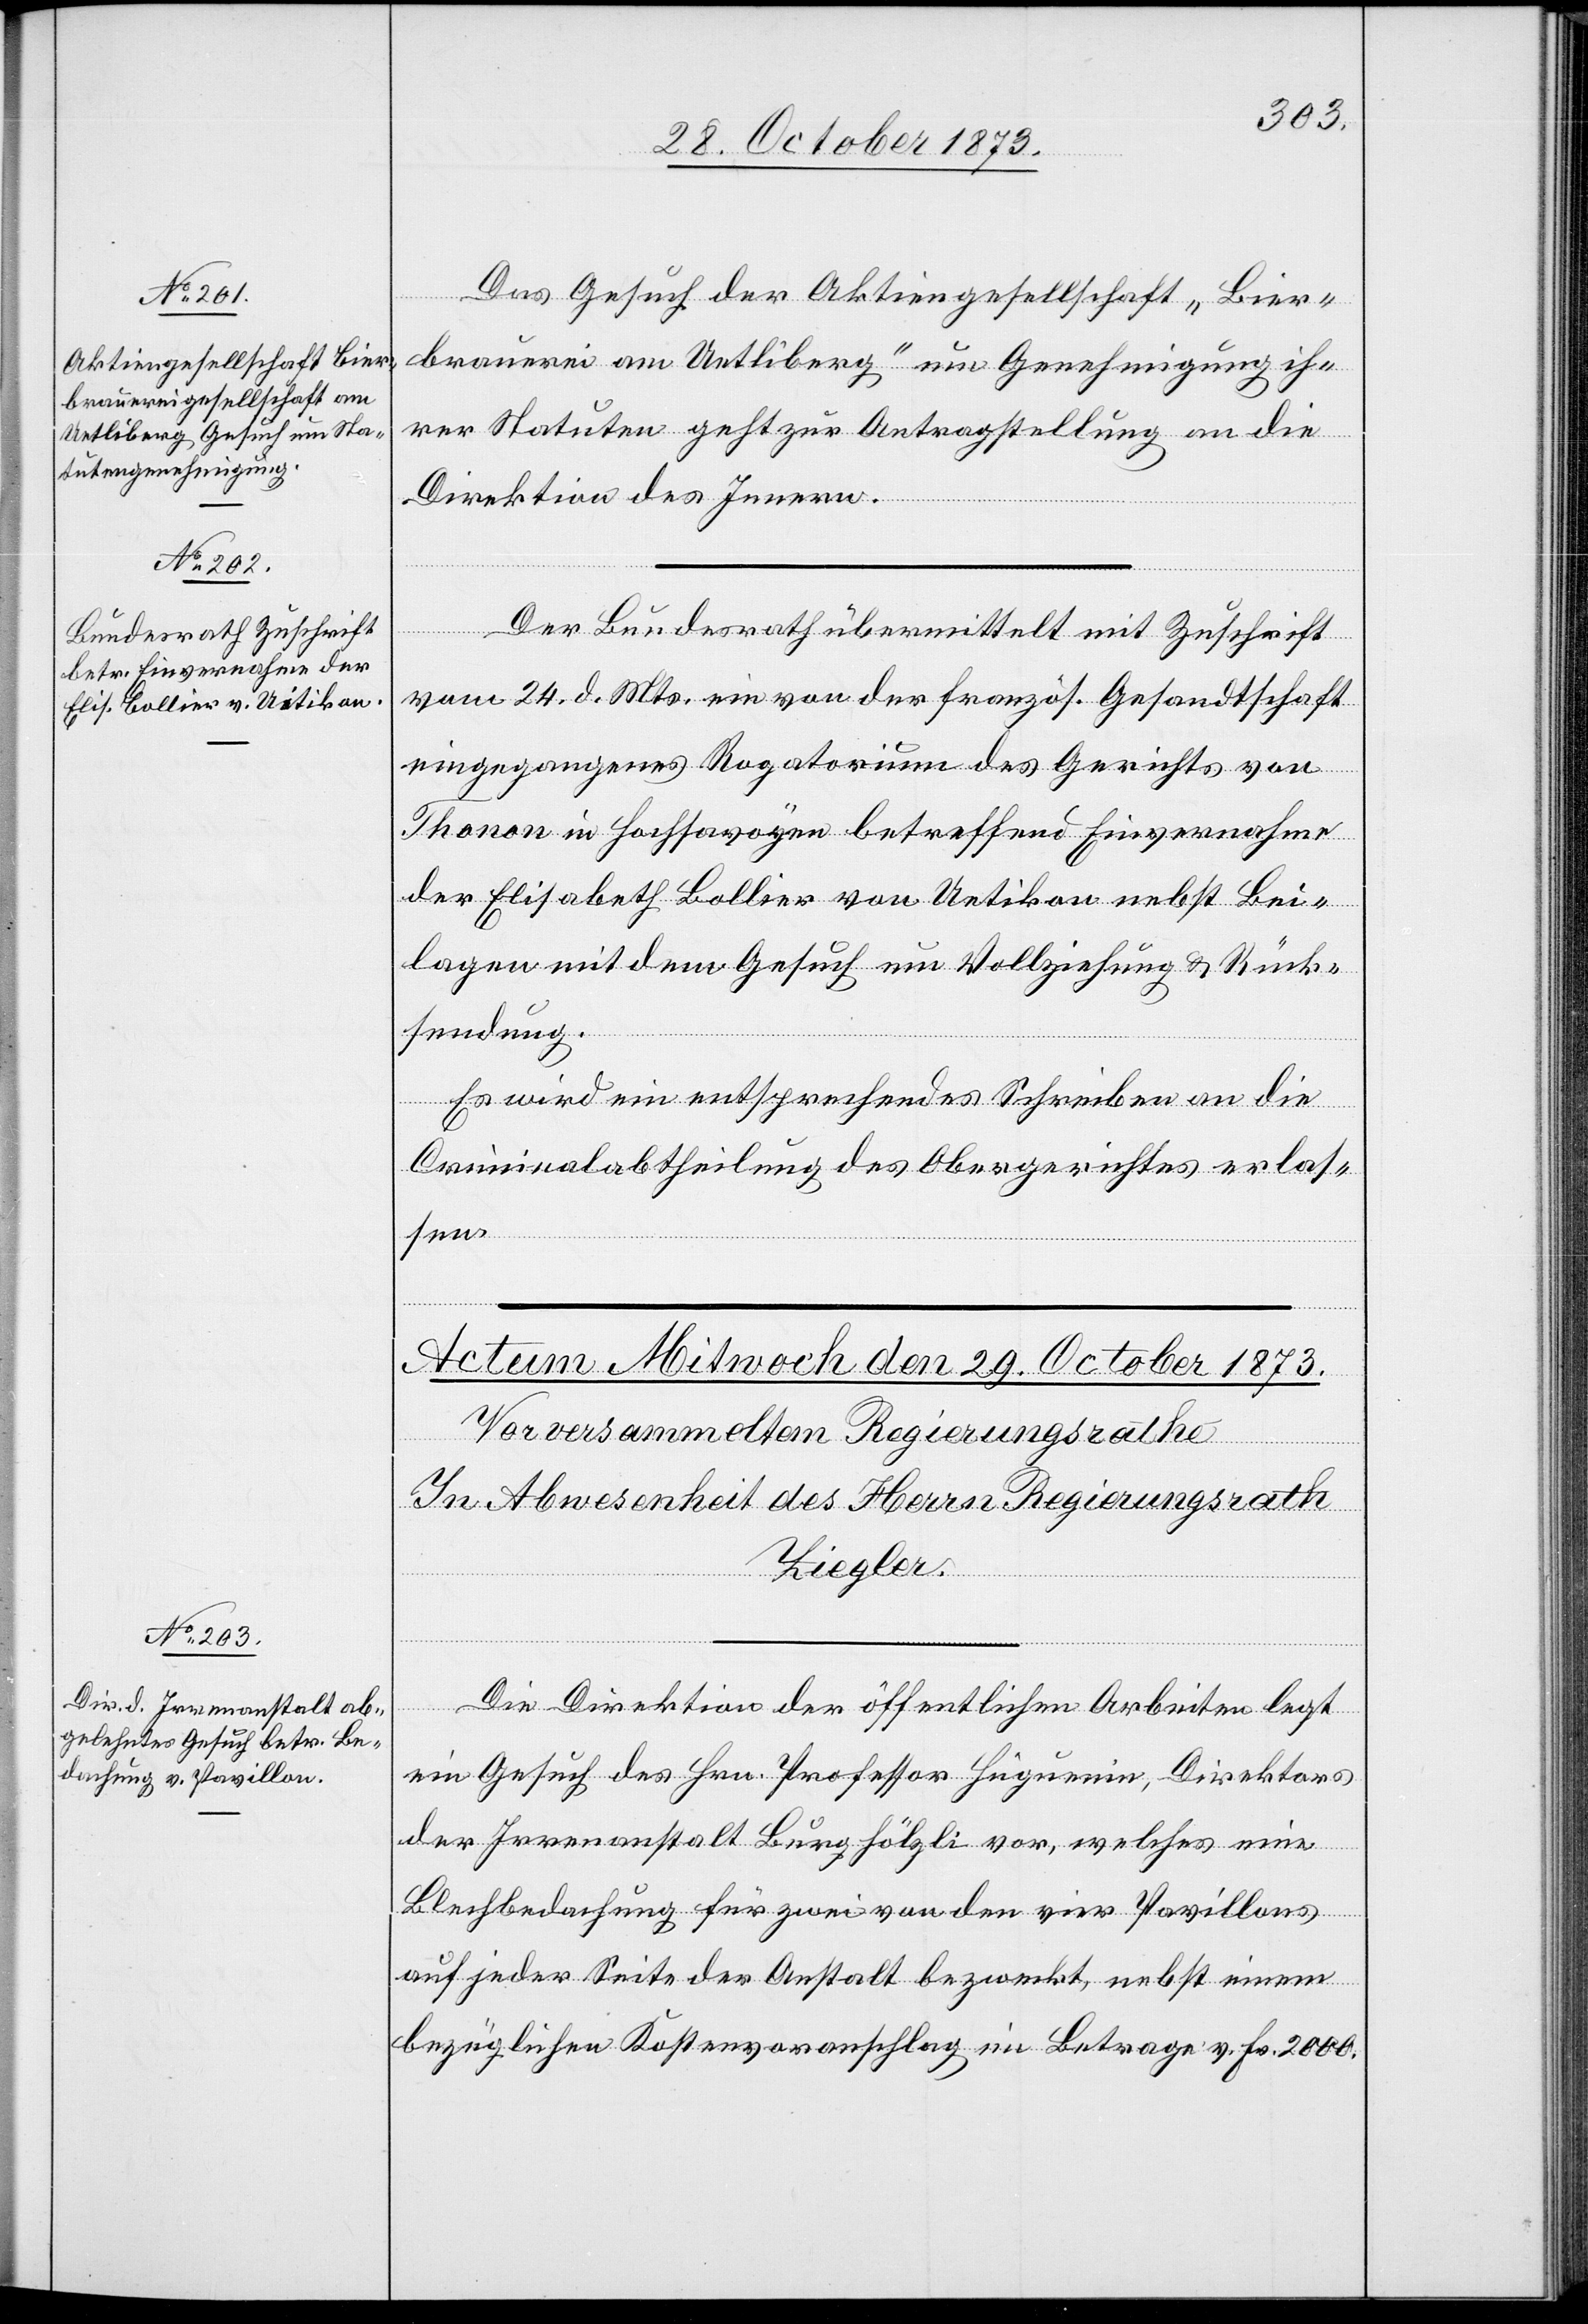
28. October 1873.]
Das Gesuch der Aktiengesellschaft „Bier¬
brauerei am Uetliberg“ um Genehmigung ih¬
rer Statuten geht zur Antragstellung an die
Direktion des Innern.
Der Bundesrath übermittelt mit Zuschrift
vom 24. d. Mts. ein von der französ. Gesandtschaft
eingegangenes Rogatorium des Gerichts von
Thonon in Hochsavoyen betreffend Einvernahme
der Elisabeth Bollier von Uetikon nebst Bei¬
lagen mit dem Gesuch um Vollziehung & Rück¬
sendung.
Es wird ein entsprechendes Schreiben an die
Criminalabtheilung des Obergerichtes erlas¬
sen.
Die Direktion der öffentlichen Arbeiten legt
ein Gesuch des Hrn. Professor Huguenin, Direktors
der Irrenanstalt Burghölzli vor, welches eine
Blechbedachung für zwei von den vier Pavillons
auf jeder Seite der Anstalt bezweckt, nebst einem
bezüglichen Kostenvoranschlag im Betrage v. Fr. 2 000